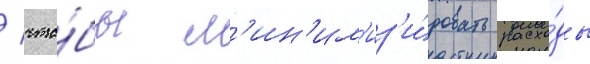
/ что́бы м'ин'им'из'и́ровать расхо́ды